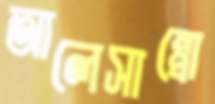
আলেসান্ত্রো